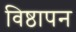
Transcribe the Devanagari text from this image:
विष्ठापन